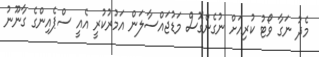
މެދު ނަގާ ވޯޓު ކުރިއަށް ނުގެންގޮސް މަޑުޖައްސާލަން އަމުރުކުރީ އެއީ ސްޕެއިންގެ ގާނޫނު